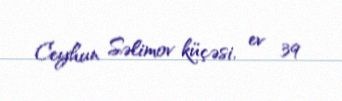
Ceyhun Səlimov küçəsi, ev 39